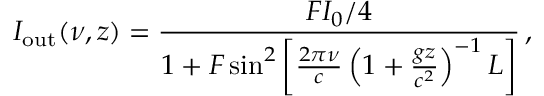
I _ { \mathrm { o u t } } ( \nu , z ) = \frac { F I _ { 0 } / 4 } { 1 + F \sin ^ { 2 } \left[ \frac { 2 \pi \nu } { c } \left( 1 + \frac { g z } { c ^ { 2 } } \right) ^ { - 1 } L \right] } \, ,